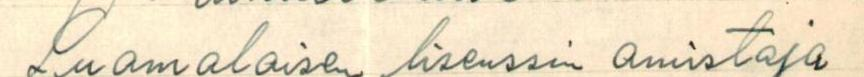
Suomalaisen lisenssin omistaja